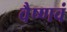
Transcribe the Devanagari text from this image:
वैष्णवं